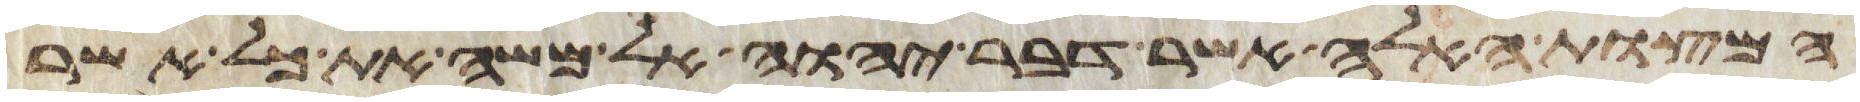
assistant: המצות האלה אשר דבר יהוה אל משה את כל אשר